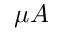
\mu A